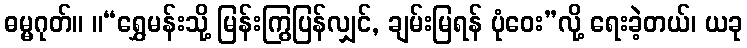
ဓမ္မဂုတ်။ ။“ရွှေမန်းသို့ မြန်းကြွပြန်လျှင်, ချမ်းမြရန် ပုံဝေး”လို့ ရေးခဲ့တယ်၊ ယခု